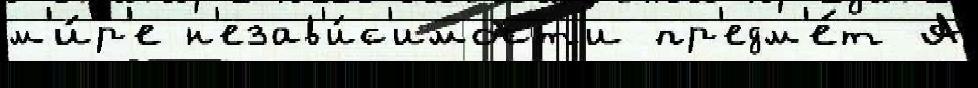
м'и́р'е н'езав'и́с'имост'и пр'едм'е́т А